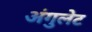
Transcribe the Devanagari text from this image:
अंगुलेट